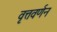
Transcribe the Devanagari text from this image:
वृत्तवर्णन